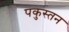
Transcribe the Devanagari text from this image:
पकुस्तन